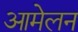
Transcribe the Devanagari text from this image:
आमेलन